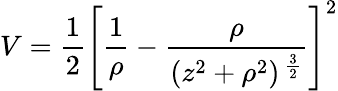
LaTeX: V=\frac{1}{2}\left[\frac{1}{\rho}-\frac{\rho}{(z^{2}+\rho^{2})\, ^{\frac{3}{2}}}\right]^{2}